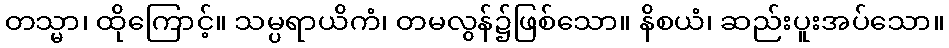
တသ္မာ၊ ထိုကြောင့်။ သမ္ပရာယိကံ၊ တမလွန်၌ဖြစ်သော။ နိစယံ၊ ဆည်းပူးအပ်သော။